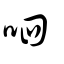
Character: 呬